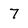
Character: 7